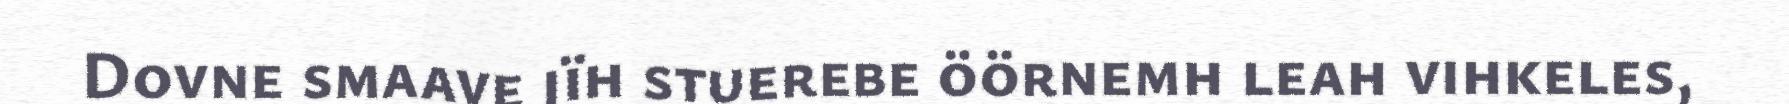
Dovne smaave jïh stuerebe öörnemh leah vihkeles,